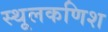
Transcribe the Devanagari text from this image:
स्थूलकणिश